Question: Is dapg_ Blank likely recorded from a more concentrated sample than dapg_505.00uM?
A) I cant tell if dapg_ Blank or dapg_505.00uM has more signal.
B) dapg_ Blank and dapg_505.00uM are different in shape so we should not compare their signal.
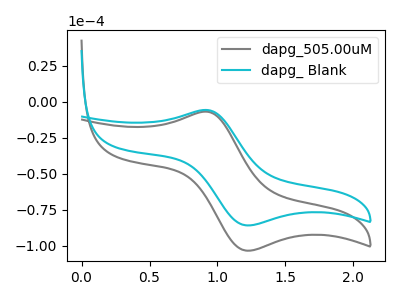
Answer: <think>The gray curve "dapg_505.00uM" has an anodic peak at (0.90V, -6.80uA) and a cathodic peak at (1.20V, -103.25uA). The cyan curve "dapg_ Blank" has an anodic peak at (0.90V, -5.65uA) and a cathodic peak at (1.20V, -85.75uA).
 All the peaks in "dapg_ Blank" have a peak in "dapg_505.00uM" at the same potential.</think>
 <answer>A) I cant tell if "dapg_ Blank" or "dapg_505.00uM" has more signal.</answer>
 <eval>A</eval>